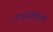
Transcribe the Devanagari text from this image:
अवस्तेतिल